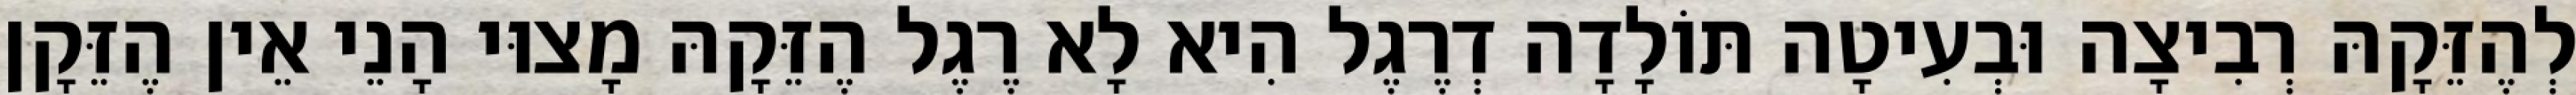
לְהֶזֵּקָהּ רְבִיצָה וּבְעִיטָה תּוֹלָדָה דְרֶגֶל הִיא לָא רֶגֶל הֶזֵּקָהּ מָצוּי הָנֵי אֵין הֶזֵּקָן